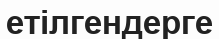
етілгендерге